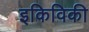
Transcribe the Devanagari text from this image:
इकिविकी